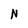
Character: N